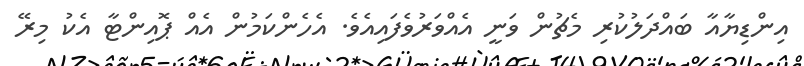
އިންޑިޔާއާ ބައްދަލުކުރި މެޗުން ވަނީ އެއްވަރުވެފައިއެވެ. އެހެންކަމުން އެއް ޕޮއިންޓާ އެކު މިރޭ